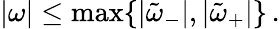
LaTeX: \begin{array}{r}{|\omega|\leq\operatorname*{max}\lbrace|\tilde{\omega}_{-}|,|\tilde{\omega}_{+}|\rbrace\, .}\end{array}